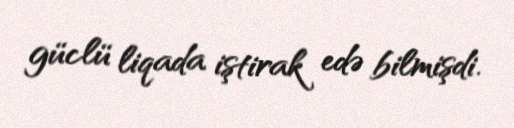
güclü liqada iştirak edə bilmişdi.